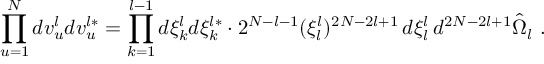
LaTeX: \prod _ { u = 1 } ^ { N } d v _ { u } ^ { l } d v _ { u } ^ { l * } = \prod _ { k = 1 } ^ { l - 1 } d \xi _ { k } ^ { l } d \xi _ { k } ^ { l * } \cdot 2 ^ { N - l - 1 } ( \xi _ { l } ^ { l } ) ^ { 2 N - 2 l + 1 } \, d \xi _ { l } ^ { l } \, d ^ { 2 N - 2 l + 1 } \hat { \Omega } _ { l } \ .